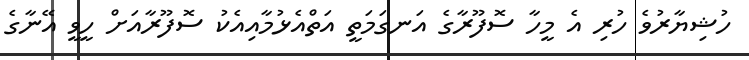
ހުޝިޔާރުވެ ހުރި އެ މީހާ ސޮފޫރާގެ އަނގަމަތީ އަތްއެޅުމާއިއެކު ސޮފޫރާއަށް ހީވީ އޭނާގެ